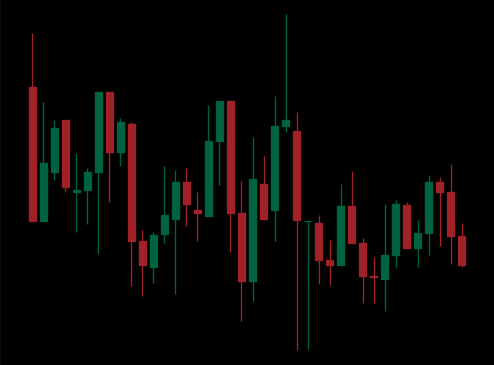
Pattern: unclassified